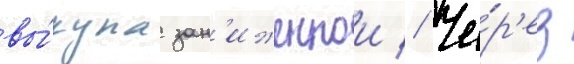
вы́купа зан'иженнои // Че́р'ез